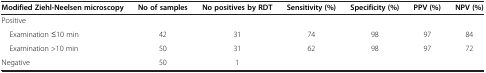
<table><thead><tr><td><b>Modified Ziehl-Neelsen microscopy</b></td><td><b>No of samples</b></td><td><b>No positives by RDT</b></td><td><b>Sensitivity (%)</b></td><td><b>Specificity (%)</b></td><td><b>PPV (%)</b></td><td><b>NPV (%)</b></td></tr></thead><tbody><tr><td>Positive</td><td> </td><td> </td><td> </td><td> </td><td> </td><td> </td></tr><tr><td> Examination ≤10 min</td><td>42</td><td>31</td><td>74</td><td>98</td><td>97</td><td>84</td></tr><tr><td> Examination &gt;10 min</td><td>50</td><td>31</td><td>62</td><td>98</td><td>97</td><td>72</td></tr><tr><td>Negative</td><td>50</td><td>1</td><td> </td><td> </td><td> </td><td> </td></tr></tbody></table>